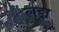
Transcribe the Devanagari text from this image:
लद्दा